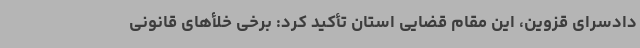
دادسرای قزوین، این مقام قضایی استان تأکید کرد: برخی خلأهای قانونی